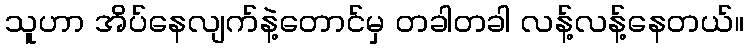
သူဟာ အိပ်နေလျက်နဲ့တောင်မှ တခါတခါ လန့်လန့်နေတယ်။